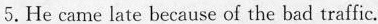
5.He came late because of the bad traffic.